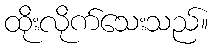
ထိုးလိုက်သေးသည်။